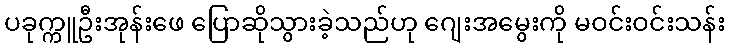
ပခုက္ကူဦးအုန်းဖေ ပြောဆိုသွားခဲ့သည်ဟု ဂျေးအမွေးကို မဝင်းဝင်းသန်း